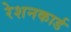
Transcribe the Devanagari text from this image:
रेशनकार्ड